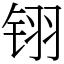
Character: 䦀